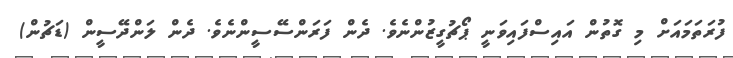
ފުރަތަމައަށް މި ގޮތުން އައިސްފައިވަނީ ޕޯޗުގީޒުންނެވެ. ދެން ފަރަންސޭސީންނެވެ. ދެން ލަންދޭސީން (ޑަޗުން)